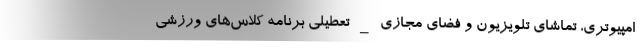
امپیوتری، تماشای تلویزیون و فضای مجازی _ تعطیلی برنامه کلاس‌های ورزشی